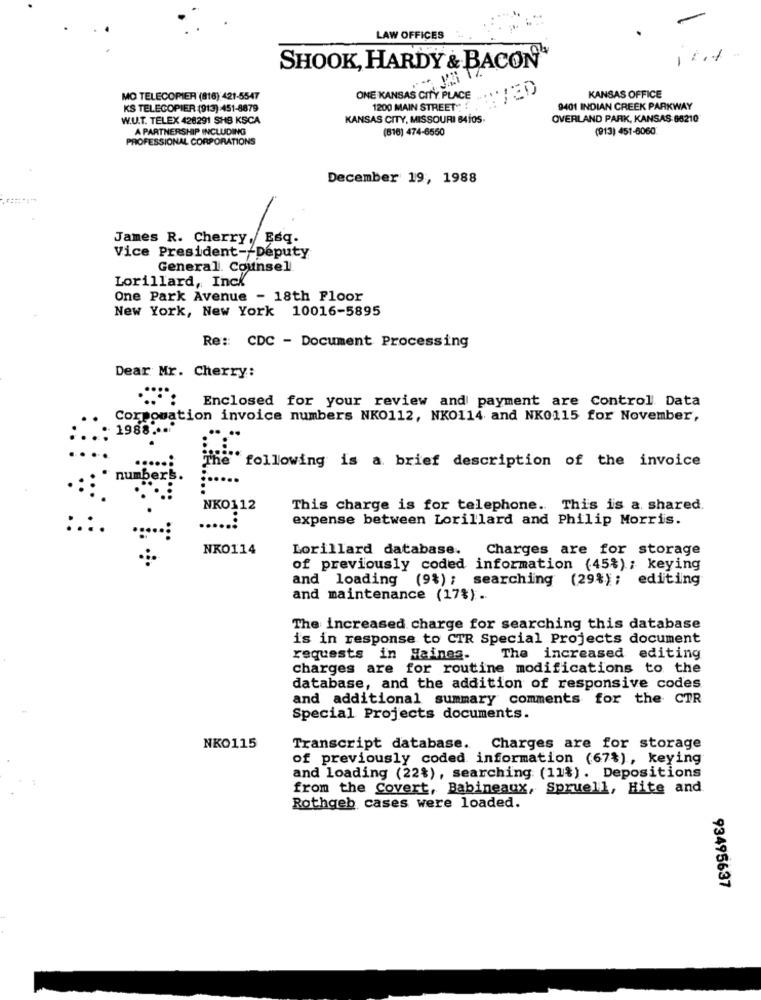
LAW OFFICES
12.1
SHOOK, HARDY & BACON
MO TELECOPIER (816): 421-5547
ONE KANSAS CITY PLACE
KANSAS OFFICE
KS TELECOPIER (913) 451-8879
1200 MAIN STREET"
9401 INDIAN CREEK PARKWAY
W.U.T. TELEX 428291 SHB KSCA
KANSAS CITY, MISSOURI B4105.
OVERLAND PARK, KANSAS 66210
A PARTNERSHIP INCLUDING
(816) 474-6550
(913) 451-6060
PROFESSIONAL CORPORATIONS
December 19, 1988
James R. Cherry, Esq.
Vice President -- Deputy
General. Counsel
Lorillard, Inck
One Park Avenue - 18th Floor
New York, New York 10016-5895
Re :: CDC - Document Processing
Dear Mr. Cherry:
Enclosed for your review and payment are Control Data
Corpomation invoice numbers NKO112, NK0114 and NK0115 for November,
1988 ....
The following is a brief description of the invoice
numberi.
NKO112
This charge is for telephone. This is a. shared.
expense between Lorillard and Philip Morris.
:.:.
......
NKO114
Lorillard database.
Charges are for storage
of previously coded information (45%); keying
and loading (9%); searching (29%); editing
and maintenance (17%) .
The increased charge for searching this database
is in response to CTR Special Projects document
requests in Haines-
The increased editing
charges are for routine modifications to the
database, and the addition of responsive codes
and additional summary comments for the CTR
Special Projects documents.
NKO115
Transcript database.
Charges are for storage
of previously coded information (67%), keying
and loading (22%), searching (11%). Depositions
from the Covert, Babineaux, Spruell, Hite and
Rothgeb cases were loaded.
93495637